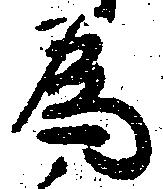
為